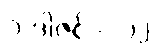
၁ ဒါဇင် = ၁၂